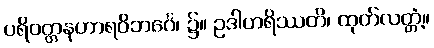
ပရိဝတ္တနဟာရဝိဘင်္ဂေ၊ ၌။ ဥဒါဟရိဿတိ၊ ထုတ်လတ္တံ့။